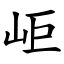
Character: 岠